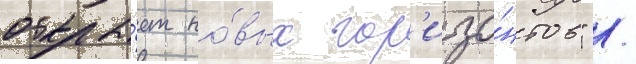
открыва́ет но́вых гор'изо́нтов" /